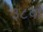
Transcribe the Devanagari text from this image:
३८वां